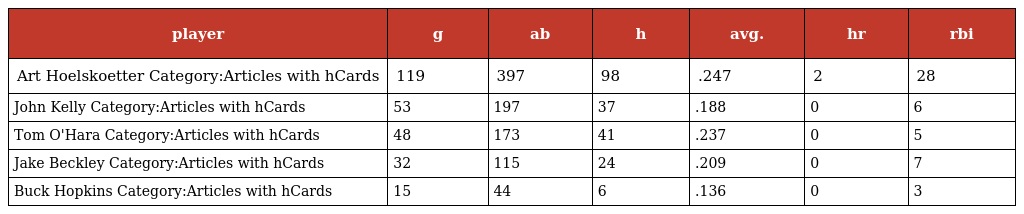
| player | g | ab | h | avg. | hr | rbi |
 | --- | --- | --- | --- | --- | --- | --- |
 | Art Hoelskoetter Category:Articles with hCards | 119 | 397 | 98 | .247 | 2 | 28 |
 | John Kelly Category:Articles with hCards | 53 | 197 | 37 | .188 | 0 | 6 |
 | Tom O'Hara Category:Articles with hCards | 48 | 173 | 41 | .237 | 0 | 5 |
 | Jake Beckley Category:Articles with hCards | 32 | 115 | 24 | .209 | 0 | 7 |
 | Buck Hopkins Category:Articles with hCards | 15 | 44 | 6 | .136 | 0 | 3 |